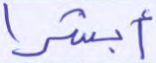
أبشرا